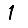
Digit: 1